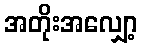
အတိုးအလျှော့